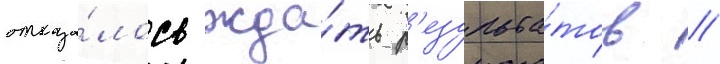
отказа́лось жда́ть р'езульта́тов //